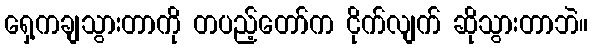
ရှေ့ကချသွားတာကို တပည့်တော်က ငိုက်လျက် ဆိုသွားတာဘဲ။